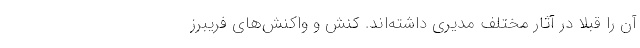
آن را قبلاً در آثار مختلف مدیری داشته‌اند. کنش و واکنش‌های فریبرز